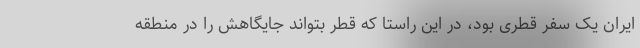
ایران یک سفر قطری بود، در این راستا که قطر بتواند جایگاهش را در منطقه